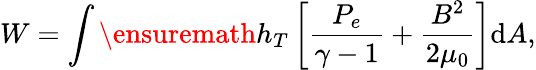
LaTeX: W=\int\ensuremath{h_{T}}\left[\frac{P_{e}}{\gamma-1}+\frac{B^{2}}{2\mu_{0}}\right]\mathrm{d}A,